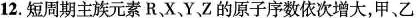
12.短周期主族元素R、X、Y、Z的原子序数依次增大，甲、乙